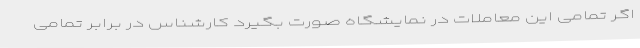
اگر تمامی این معاملات در نمایشگاه صورت بگیرد کارشناس در برابر تمامی